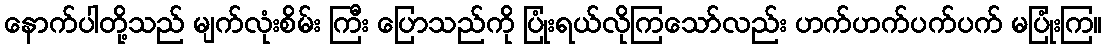
နောက်ပါတို့သည် မျက်လုံးစိမ်း ကြီး ပြောသည်ကို ပြုံးရယ်လိုကြသော်လည်း ဟက်ဟက်ပက်ပက် မပြုံးကြ။